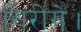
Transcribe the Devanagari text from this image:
गिरोगे।